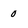
Character: 0